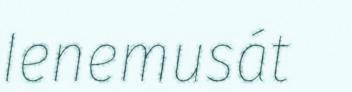
Ienemusát